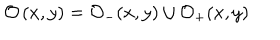
LaTeX: \mathcal { O } \left( x , y \right) = \mathcal { O } _ { - } ( x , y ) \cup \mathcal { O } _ { + } ( x , y )